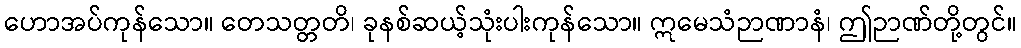
ဟောအပ်ကုန်သော။ တေသတ္တတိ၊ ခုနစ်ဆယ့်သုံးပါးကုန်သော။ ဣမေသံဉာဏာနံ၊ ဤဉာဏ်တို့တွင်။